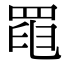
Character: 𦋍